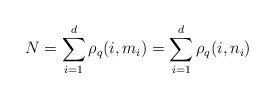
LaTeX: \begin{align*}N=\sum_{i=1}^d \rho_q(i,m_i)=\sum_{i=1}^d \rho_q(i,n_i)\end{align*}